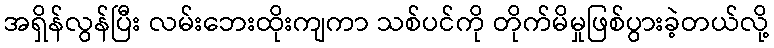
အရှိန်လွန်ပြီး လမ်းဘေးထိုးကျကာ သစ်ပင်ကို တိုက်မိမှုဖြစ်ပွားခဲ့တယ်လို့